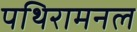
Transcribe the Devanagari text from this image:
पथिरामनल